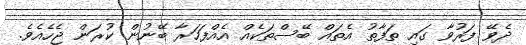
ދެވޭ ފަރުވާ ގައި ތަފާތު އެތައް ބޭސްތަކެއް އެއްފަހަރާ ބޭނުން ކުރަން ޖެހެއެވެ.